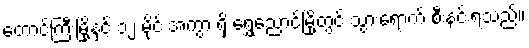
တောင်ကြီးမြို့နှင့် ၁၂ မိုင် အကွာ ရှိ ရွှေညောင်မြို့တွင် သွားရောက် စီးနင်းရသည်။